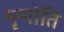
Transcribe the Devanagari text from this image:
मृणोति